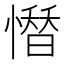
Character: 𢡄